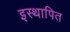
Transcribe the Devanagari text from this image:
इस्थापित